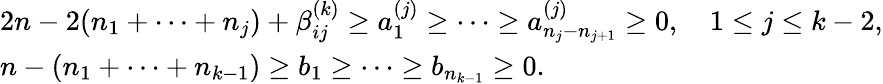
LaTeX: \begin{array}{l}{{2n-2(n_{1}+\cdots+n_{j})+\beta_{ij}^{(k)}\geq a_{1}^{(j)}\geq\cdots\geq a_{n_{j}-n_{j+1}}^{(j)}\geq 0,~~~~1\leq j\leq k-2,}}\\ {{n-(n_{1}+\cdots+n_{k-1})\geq b_{1}\geq\cdots\geq b_{n_{k-1}}\geq 0.}}\end{array}